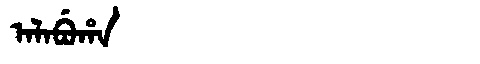
Manchu: ᠠᠯᠠᠪᡠᡥᠠ
Romanization: ALABUHA